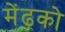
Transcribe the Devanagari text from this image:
मेंढ़को